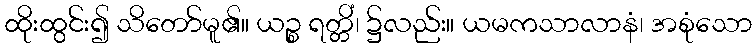
ထိုးထွင်း၍ သိတော်မူ၏။ ယဉ္စ ရတ္တိံ၊ ၌လည်း။ ယမကသာလာနံ၊ အစုံသော